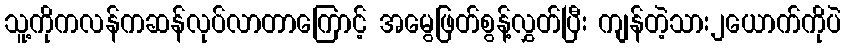
သူ့ကိုကလန်ကဆန်လုပ်လာတာကြောင့် အမွေဖြတ်စွန့်လွှတ်ပြီး ကျန်တဲ့သား၂ယောက်ကိုပဲ